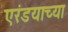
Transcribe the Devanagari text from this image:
एरंडयाच्या